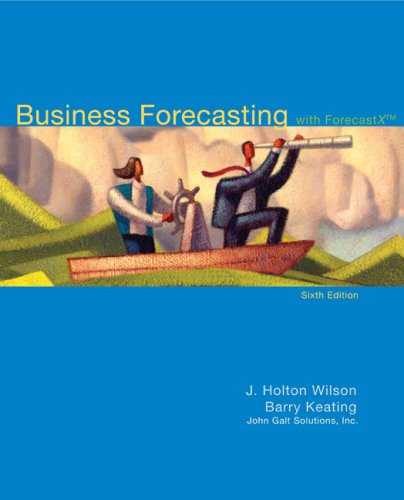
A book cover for Business Forecasting with Student CD; J. Holton Wilson; Business & Money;